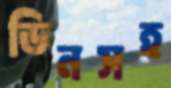
ডিনসহ